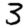
Digit: 3